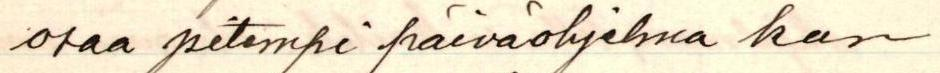
osaa pitempi päiväohjelma kun